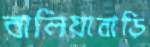
বালিয়াবাড়ি